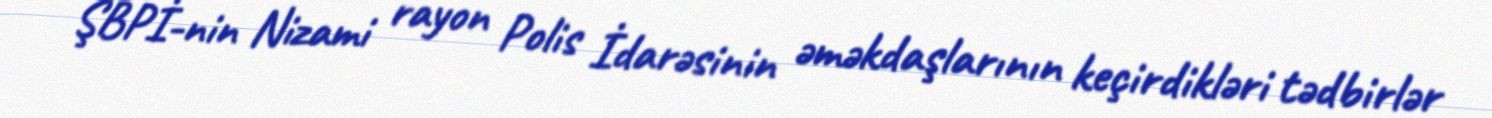
ŞBPİ-nin Nizami rayon Polis İdarəsinin əməkdaşlarının keçirdikləri tədbirlər